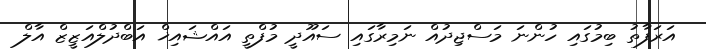
އަރަފާތު ބިމުގައި ހުންނަ މަސްޖިދުއް ނަމިރާގައި ސައޫދީ މުފްތީ އައްޝައިޚް އަބްދުލްއަޒީޒް އާލް